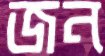
জন